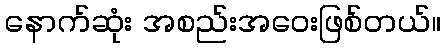
နောက်ဆုံး အစည်းအဝေးဖြစ်တယ်။